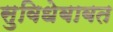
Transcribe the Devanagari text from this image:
सुविधेबाबत